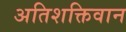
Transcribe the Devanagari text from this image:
अतिशक्तिवान